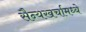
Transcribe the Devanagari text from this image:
सैन्यखर्चामध्ये